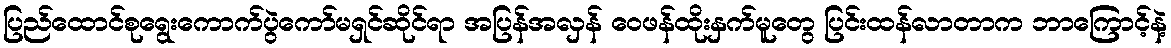
ပြည်ထောင်စုရွေးကောက်ပွဲကော်မရှင်ဆိုင်ရာ အပြန်အလှန် ဝေဖန်ထိုးနှက်မူတွေ ပြင်းထန်လာတာက ဘာကြောင့်နဲ့